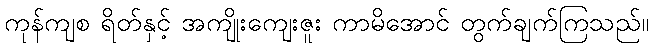
ကုန်ကျစ ရိတ်နှင့် အကျိုးကျေးဇူး ကာမိအောင် တွက်ချက်ကြသည်။